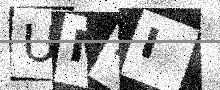
Text: UM4I